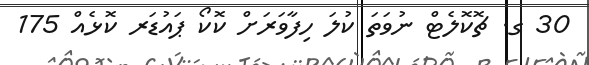
30 ގ. ޗޮކޮލެޓް ނުވަތަ ކުލަ ހިފާވަރަށް ކޮކޯ ޕައުޑަރ ކޮޅެއް 175